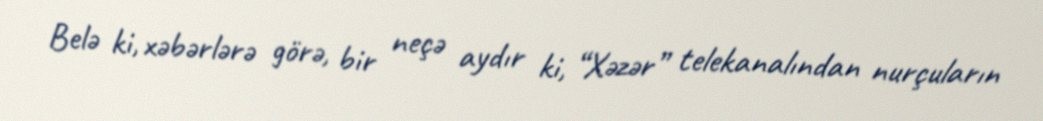
Belə ki, xəbərlərə görə, bir neçə aydır ki, “Xəzər” telekanalından nurçuların